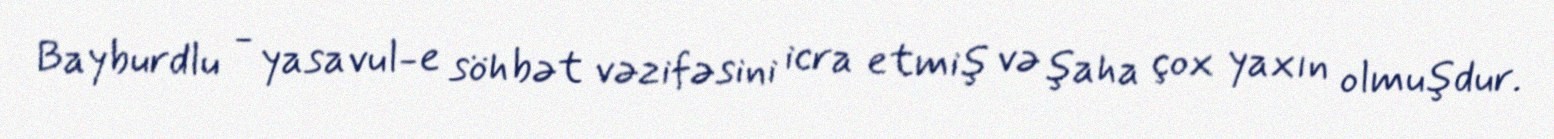
Bayburdlu - yasavul-e söhbət vəzifəsini icra etmiş və şaha çox yaxın olmuşdur.